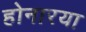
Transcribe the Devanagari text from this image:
होनारया